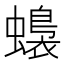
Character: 𧒬